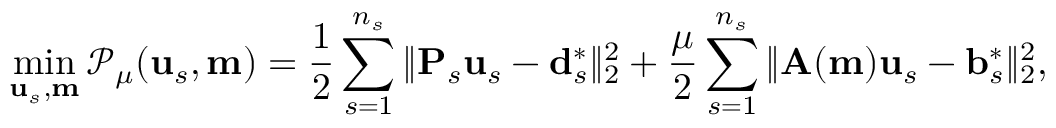
\operatorname* { m i n } _ { \mathbf { u } _ { s } , \mathbf { m } } \mathcal { P } _ { \mu } ( \mathbf { u } _ { s } , \mathbf { m } ) = \frac { 1 } { 2 } \sum _ { s = 1 } ^ { n _ { s } } \| \mathbf { P } _ { s } \mathbf { u } _ { s } - \mathbf { d } _ { s } ^ { * } \| _ { 2 } ^ { 2 } + \frac { \mu } { 2 } \sum _ { s = 1 } ^ { n _ { s } } \| \mathbf { A } ( \mathbf { m } ) \mathbf { u } _ { s } - \mathbf { b } _ { s } ^ { * } \| _ { 2 } ^ { 2 } ,